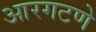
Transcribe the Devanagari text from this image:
आरगटणे